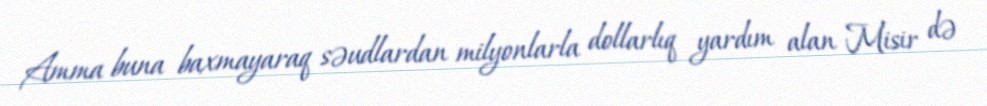
Amma buna baxmayaraq səudlardan milyonlarla dollarlıq yardım alan Misir də